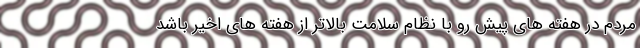
مردم در هفته های پیش رو با نظام سلامت بالاتر از هفته های اخیر باشد